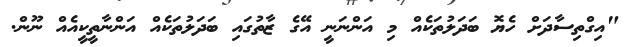
"އިގްތިސާދަށް ހެޔޮ ބަދަލުތަކެއް މި އަންނަނީ އޭގެ ޒާތުގައި ބަދަލުތަކެއް އަންނާތީކީއެއް ނޫން.